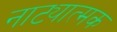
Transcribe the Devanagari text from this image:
नाट्यात्मक